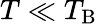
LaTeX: T\ll T_{\mathrm{B}}